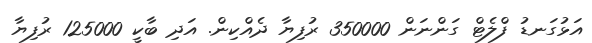
އަޅުގަނޑު ފްލެޓް ގަންނަން 350000 ރުފިޔާ ދެއްކިން. އަދި ބާކީ 125000 ރުފިޔާ